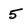
Character: 5